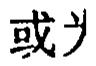
或为